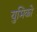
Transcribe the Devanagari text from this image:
युमिको